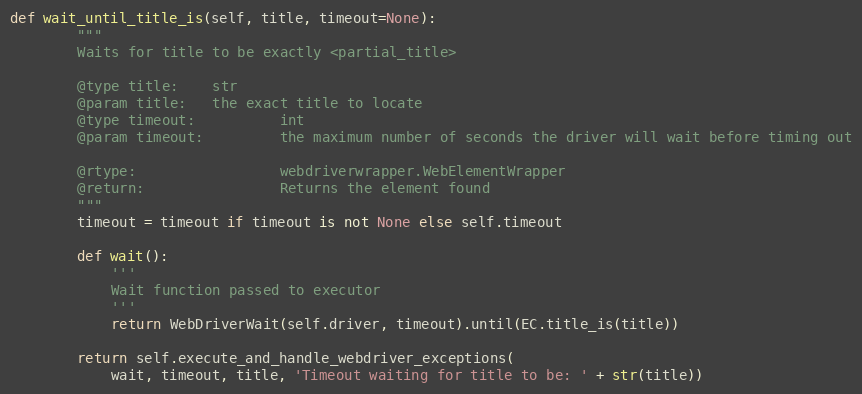
Language: Python
def wait_until_title_is(self, title, timeout=None):
        """
        Waits for title to be exactly <partial_title>

        @type title:    str
        @param title:   the exact title to locate
        @type timeout:          int
        @param timeout:         the maximum number of seconds the driver will wait before timing out

        @rtype:                 webdriverwrapper.WebElementWrapper
        @return:                Returns the element found
        """
        timeout = timeout if timeout is not None else self.timeout

        def wait():
            '''
            Wait function passed to executor
            '''
            return WebDriverWait(self.driver, timeout).until(EC.title_is(title))

        return self.execute_and_handle_webdriver_exceptions(
            wait, timeout, title, 'Timeout waiting for title to be: ' + str(title))